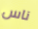
ناس